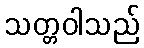
သတ္တဝါသည်